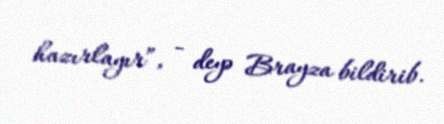
hazırlayır”, - deyə Brayza bildirib.